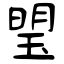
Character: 琞